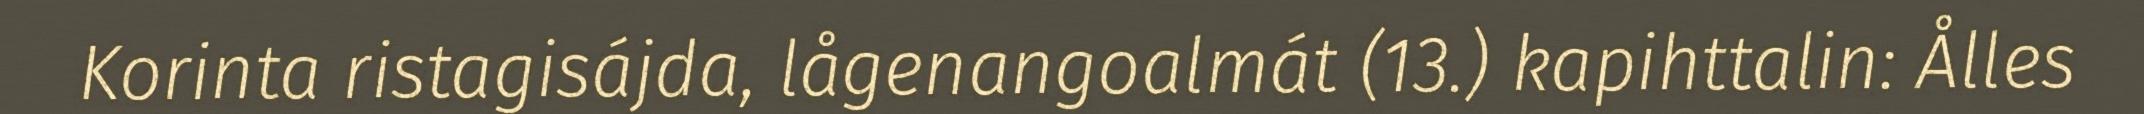
Korinta ristagisájda, lågenangoalmát (13.) kapihttalin: Ålles